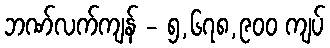
ဘဏ်လက်ကျန် - ၅,၆၇၈,၉၀၀ ကျပ်